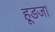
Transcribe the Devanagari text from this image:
हूडजा